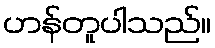
ဟန်တူပါသည်။